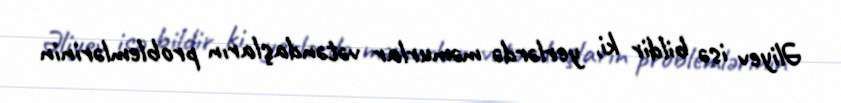
Əliyev isə bildir ki, yerlərdə məmurlar vətəndaşların problemlərinin